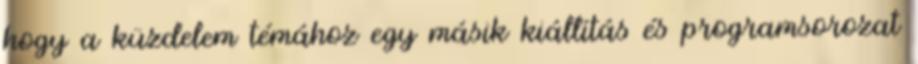
hogy a küzdelem témához egy másik kiállítás és programsorozat